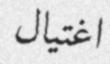
اغتيال